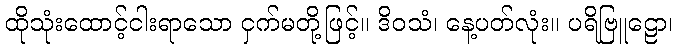
ထိုသုံးထောင့်ငါးရာသော ငှက်မတို့ဖြင့်။ ဒိဝသံ၊ နေ့ပတ်လုံး။ ပရိဗြူဠော၊